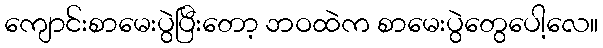
ကျောင်းစာမေးပွဲပြီးတော့ ဘဝထဲက စာမေးပွဲတွေပေါ့လေ။